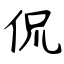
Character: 侃